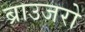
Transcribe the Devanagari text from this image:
ब्राउजरो